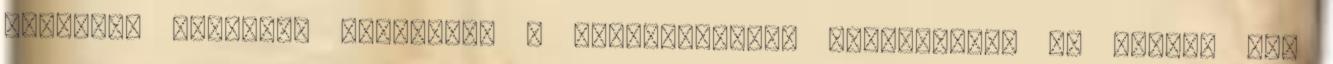
egyforma mércével mérjenek. A polgármesteri tájékoztató 7. pontja úgy